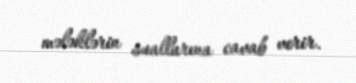
mələklərin suallarına cavab verir.